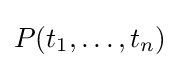
P(t_{1},\ldots ,t_{n})